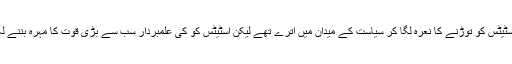
وہ اسٹیٹس کو توڑنے کا نعرہ لگا کر سیاست کے میدان میں اترے تھے لیکن اسٹیٹس کو کی علمبردار سب سے بڑی قوت کا مہرہ بننے لگے۔